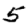
Digit: 5